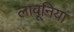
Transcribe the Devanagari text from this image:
लावूनियां